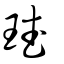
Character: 珷